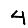
Digit: 4